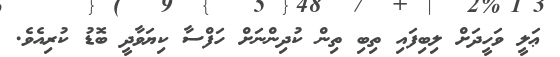
ޢަލީ ވަހީދަށް ލިބިފައި ތިބި ތިން ކުދިންނަށް ހަފްސާ ކިޔަވާދީ ބޮޑު ކުރިއެވެ.